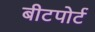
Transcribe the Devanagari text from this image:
बीटपोर्ट